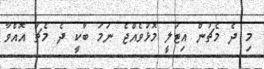
މި ދެ މެޗުން އިޓަލީ މޮޅުވެއްޖެ ނަމަ ބާކީ ދެ މެޗު އޮއްވާ